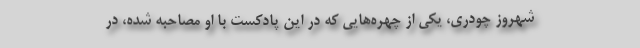
شهروز چودری، یکی از چهره‌هایی که در این پادکست با او مصاحبه شده، در